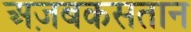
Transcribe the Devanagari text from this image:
अज़बकसतान